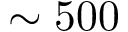
\sim 5 0 0